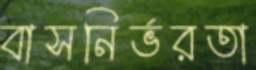
বাসনির্ভরতা